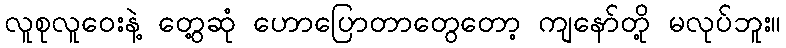
လူစုလူဝေးနဲ့ တွေ့ဆုံ ဟောပြောတာတွေတော့ ကျနော်တို့ မလုပ်ဘူး။